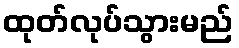
ထုတ်လုပ်သွားမည်